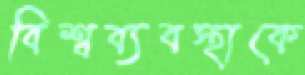
বিশ্বব্যবস্থাকে